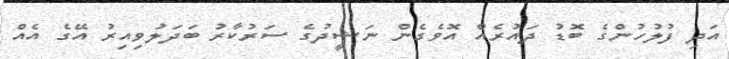
އަދި ފުލުހުންގެ ބޮޑު ދައުރެއް އޮވެގެން ނަޝީދުގެ ސަރުކާރު ބަދަލުވިއިރު އޭގެ އެއް